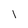
Character: l